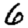
Digit: 6